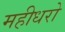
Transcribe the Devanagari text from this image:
महीधरो